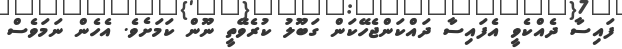
ފައިސާ ދެއްކެވީ އެފައިސާ ދައްކަންޖެހޭކަން ގަބޫލު ކުރެވޭތީ ނޫން ކަމަށެވެ. އެހެން ނަމަވެސް